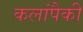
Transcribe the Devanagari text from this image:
कलांपैकी